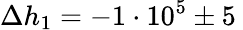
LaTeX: \Delta h_{1}=-1\cdot 10^{5}\pm 5\